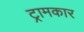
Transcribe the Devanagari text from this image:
ट्रामकार